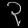
Digit: ၃